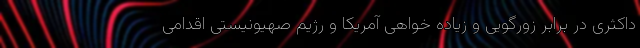
داکثری در برابر زورگویی و زیاده خواهی آمریکا و رژیم صهیونیستی اقدامی